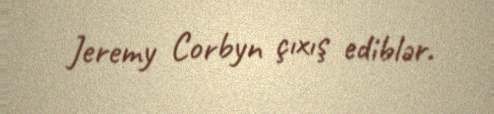
Jeremy Corbyn çıxış ediblər.